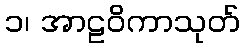
၁၊ အာဠဝိကာသုတ်